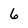
Character: 6